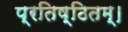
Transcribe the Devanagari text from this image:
प्रतिष्ठितम्‌।